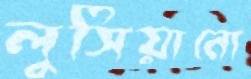
লুসিয়ানো